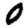
Digit: 0